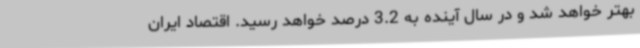
بهتر خواهد شد و در سال آینده به 3.2 درصد خواهد رسید. اقتصاد ایران